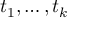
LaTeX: t _ { 1 } , \ldots , t _ { k }